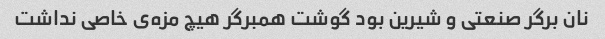
نان برگر صنعتی و شیرین بود گوشت همبرگر هیچ مزه‌ی خاصی نداشت